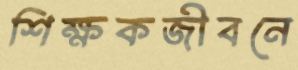
শিক্ষকজীবনে